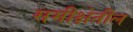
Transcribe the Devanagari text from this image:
समीक्षेतील